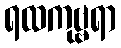
ရထကုဗ္ဗရာ